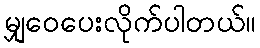
မျှ၀ေပေးလိုက်ပါတယ်။